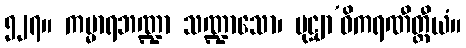
၅၂၇။ ကမ္မာရဘဏ္ဍာ သဏ္ဍာသော၊ မုဋ္ဌျာ’ဓိကရဏီတ္ထီယံ။